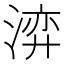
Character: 㴒